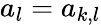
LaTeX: a_{l}=a_{k,l}